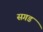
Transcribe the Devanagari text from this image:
सगड